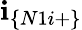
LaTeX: \textbf{i}_{\{ N1i+\} }